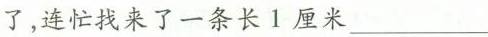
了，连忙找来了一条长1厘米 ___